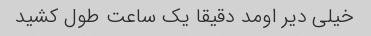
خیلی دیر اومد دقیقا یک ساعت طول کشید